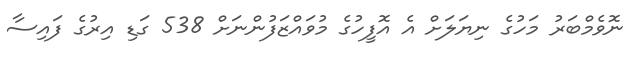
ނޮވެމްބަރު މަހުގެ ނިޔަލަށް އެ އޮފީހުގެ މުވައްޒަފުންނަށް 538 ގަޑި އިރުގެ ފައިސާ